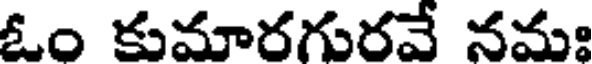
ఓం కుమారగురవే నమః